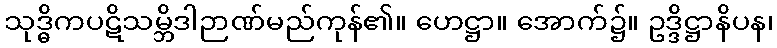
သုဒ္ဓိကပဋိသမ္ဘိဒါဉာဏ်မည်ကုန်၏။ ဟေဋ္ဌာ။ အောက်၌။ ဥဒ္ဒိဋ္ဌာနိပန၊